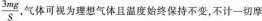
\frac { 3 m g } { S }$$ 气体可视为理想气体且温度始终保持不变，不计一切摩